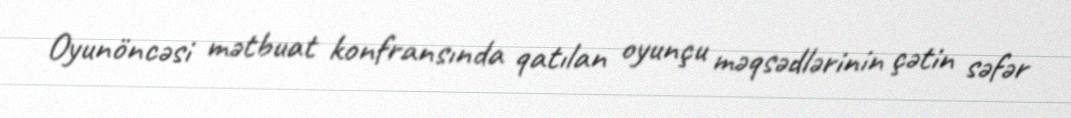
Oyunöncəsi mətbuat konfransında qatılan oyunçu məqsədlərinin çətin səfər